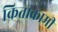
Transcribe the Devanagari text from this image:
किताकामी